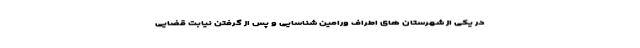
در یکی از شهرستان های اطراف ورامین شناسایی و پس از گرفتن نیابت قضایی